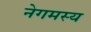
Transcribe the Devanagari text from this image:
नेगमस्य